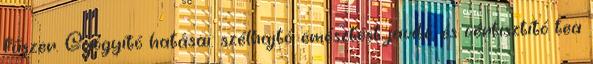
fűszer. Gyógyító hatásai: szélhajtó, emésztést javító, és vértisztító tea